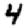
Digit: 4